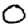
Digit: 0